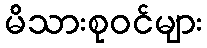
မိသားစုဝင်များ